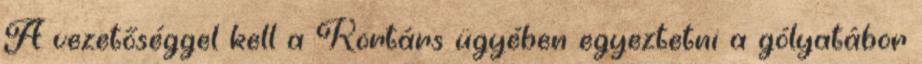
A vezetőséggel kell a Kortárs ügyében egyeztetni a gólyatábor